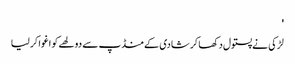
'
لڑکی نے پستول دکھا کر شادی کے منڈپ سے دولھے کو اغوا کر لیا